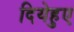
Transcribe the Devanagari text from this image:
दियेहुए